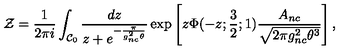
{ \cal Z } = \frac { 1 } { 2 \pi i } \int _ { { \cal C } _ { 0 } } \frac { d z } { z + e ^ { - \frac { \pi } { g _ { n c } ^ { 2 } \theta } } } \exp \left[ z \Phi ( - z ; \frac { 3 } { 2 } ; 1 ) \frac { A _ { n c } } { \sqrt { 2 \pi g _ { n c } ^ { 2 } \theta ^ { 3 } } } \right] ,